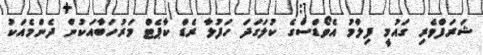
ޝަރަފްވެރި ގައުމީ ފިލްމު އެވޯޑްސްގެ ކުލަގަދަ ހަފުލާ ރެޑް ކާޕެޓް މަރުހަބާއަކުން ދެންމެއަކު